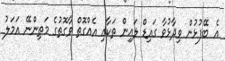
އެ ބޭފުޅުން ވިދާޅުވާ ގައިޑް ލައިން ތަކާއި އެއްގޮތް ވާގޮތުގެ މަތިންނޭ އަމަލު